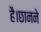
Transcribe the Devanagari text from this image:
है।छानने